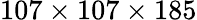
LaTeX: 107\times 107\times 185